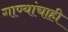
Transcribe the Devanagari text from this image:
गाण्यांचाही